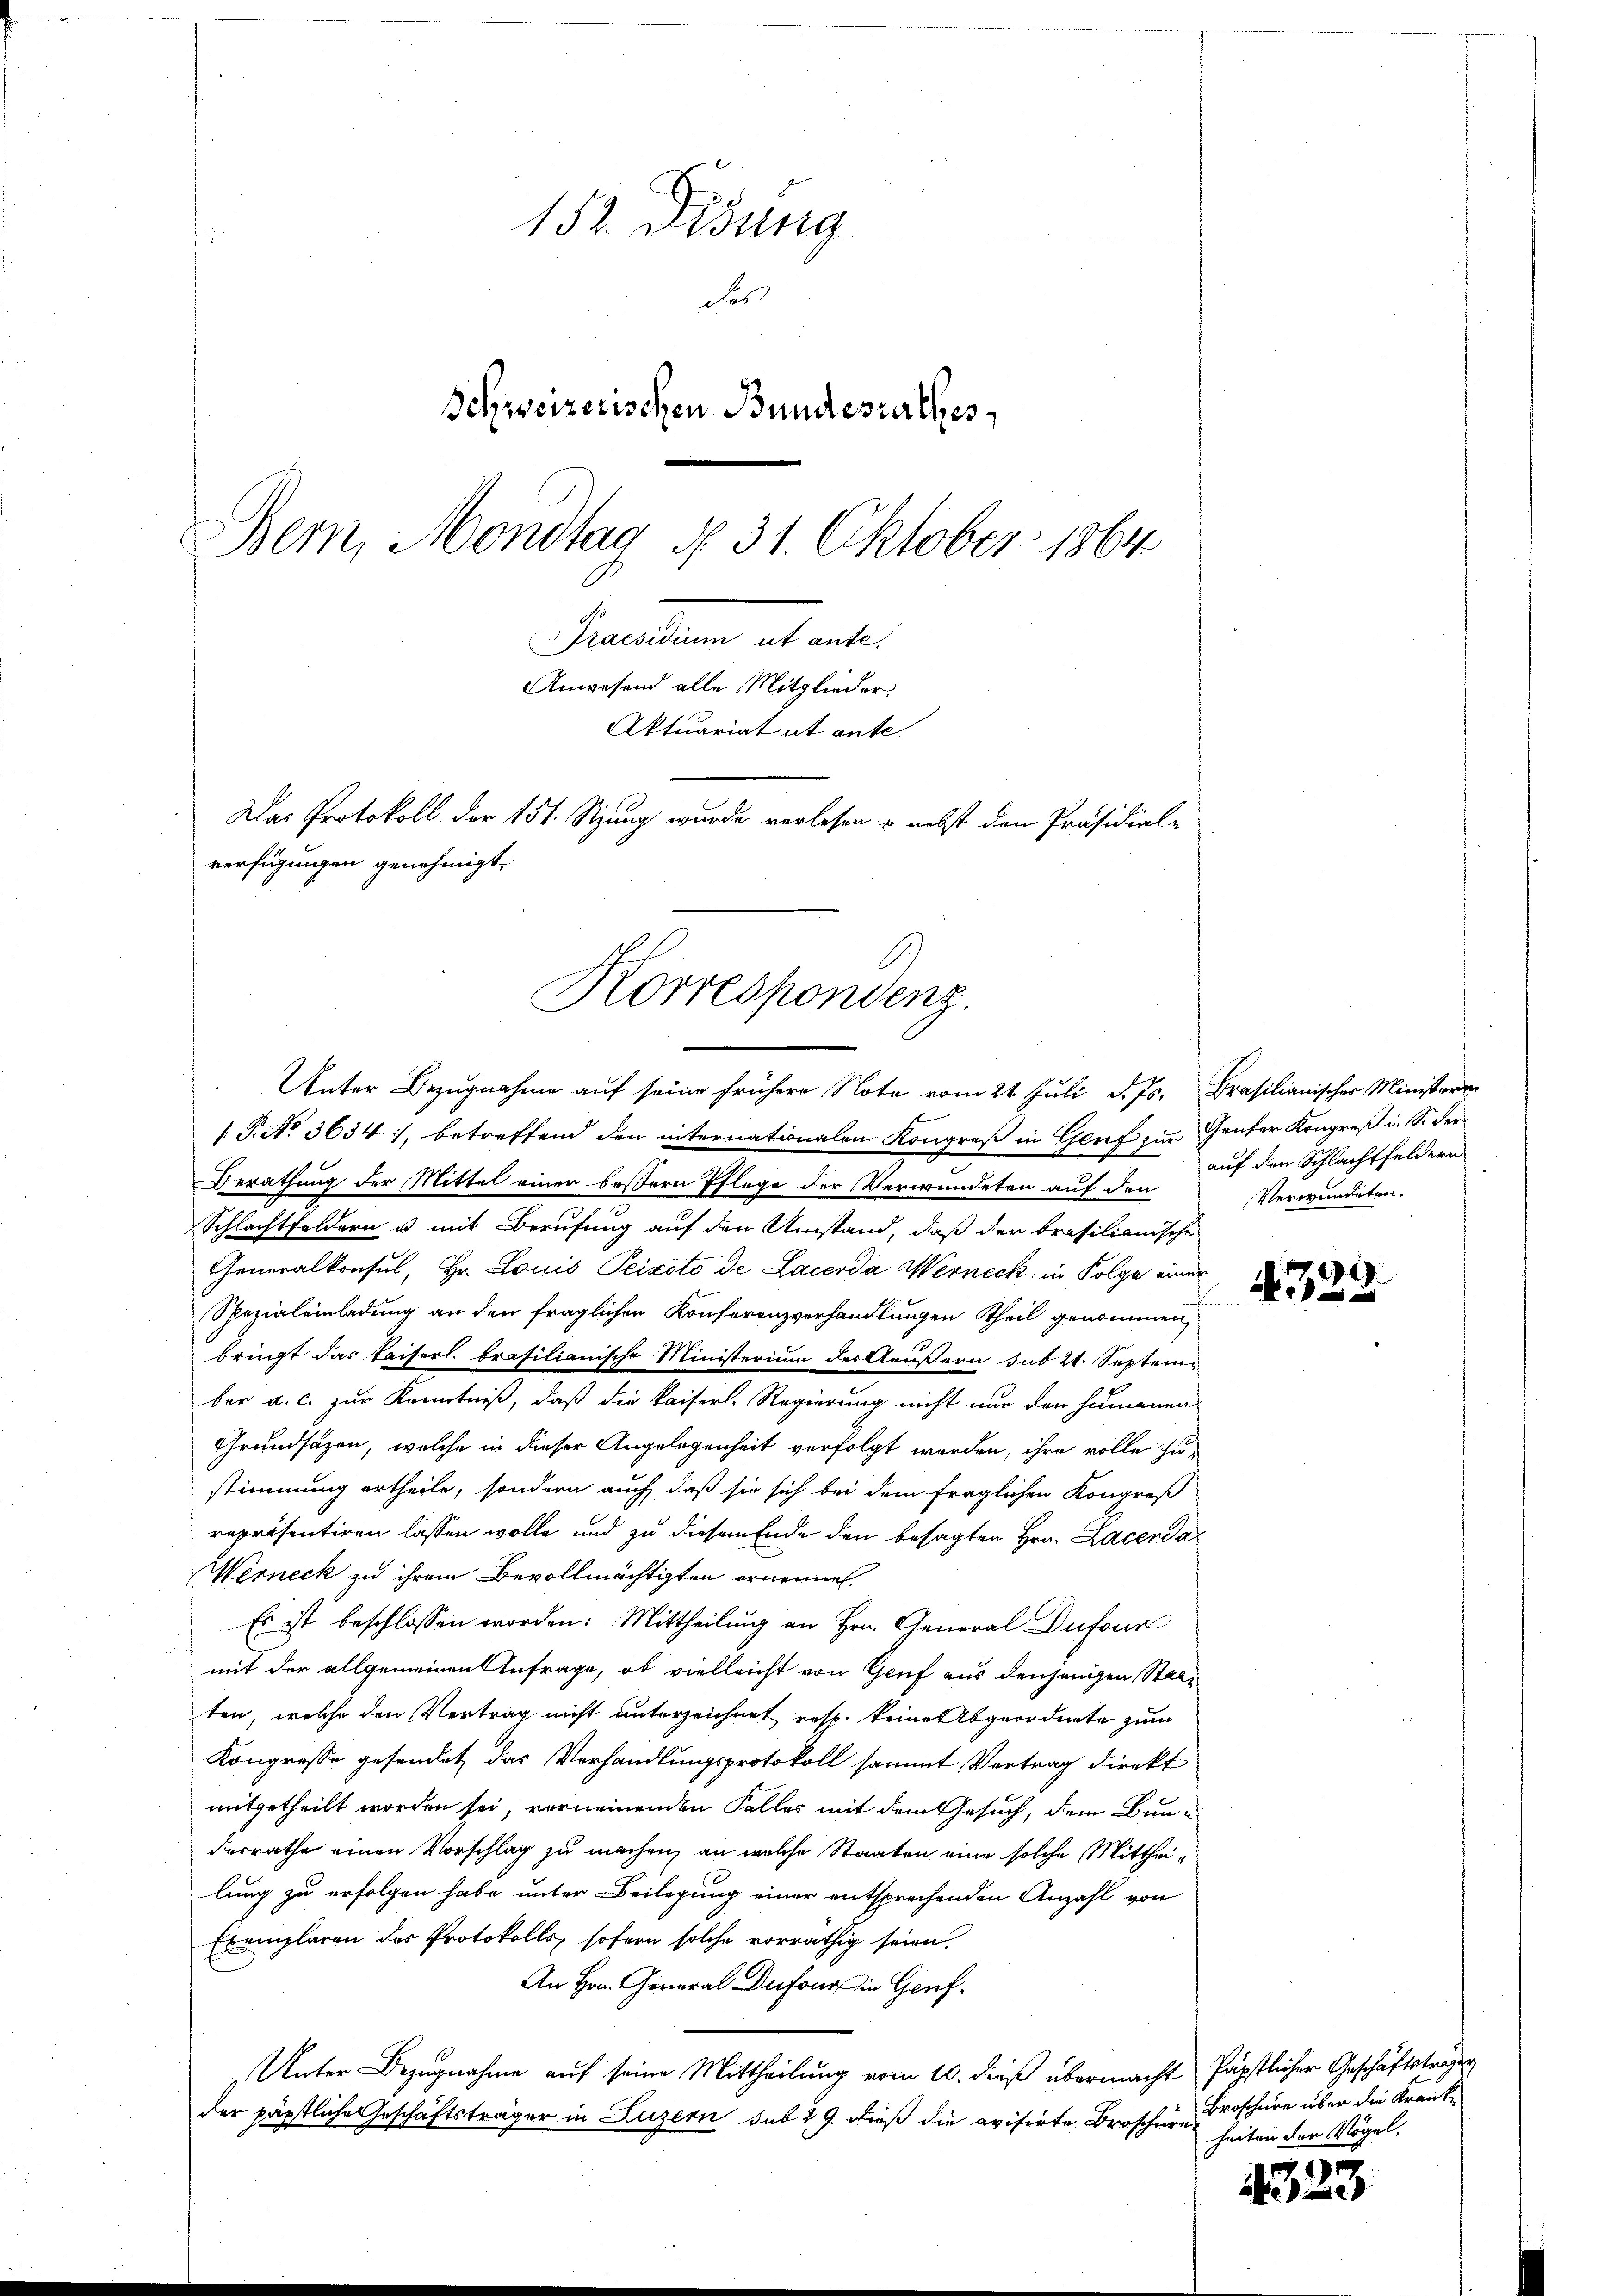
152. Disung
des
Schweizerischen Bundesrathes
Bern, Mondtag § 31. Oktober 1864
Praesidium ut ante.
Anwesend alle Mitglieder.
Aktuariat it ante.
Das Protokoll der 151. Sizung wurde verlesen & nebst den Präsidial-
verfügungen genehmigt.

Korrespondenz.
Unter Bezugnahme auf seine frühere Note vom 24. Juli d. Js. Brasilianischer Ministeren

[ P. No 3634, betreffend den internationalen Kongroß in Genf zur Genfer Kongreß i. S. der¬
Berathung der Mittel einer bessern Pflege der Verwundeten auf den
Schlachtfeldern u mit Berufung auf den Umstand, daß der brasilianische
Generalkonsul, Hr. Louis Peizoto de Lacerda Werneck, in Folge einer
Spezialeinladung an den fraglichen Konferenzverhandlungen Theil genommen,
bringt das Kaiserl. brasilianische Ministerium der Aeußern sub 21. September a. c. zur Kenntniß, daß die kaiserl. Regierung nicht nur den Humanen
Grundsätzen, welche in dieser Angelegenheit verfolgt worden, ihre volle zustimmung ertheile, sondern auch daß sie sich bei dem fraglichen Kongreß
repräsentiren lassen wolle und zu diesem Ende den besagten Hrn. Lacenda
Werneck zu ihrem Bevollmächtigten ernennen.
Es ist beschlossen worden: Mittheilung an Hrn. General Dufour
mit der allgemeinen Anfrage, ob vielleicht von Genf aus denjenigen Stati
ten, welche den Vertrag nicht unterzeichnet resp. keine Abgeordnete zum
Kongresse gesendet das Verhandlungsprotokoll sammt Vertrag direkt
mitgetheilt worden sei, verneinenden Falles mit dem Gesuch, dem Bundesrathe einen Vorschlag zu machen, an welche Staaten eine solche Mittheilung zu erfolgen habe unter Beilegung einer entsprechenden Anzahl von
Exemplaren des Protokolls, sofern solche vorräthig seien.
An Hrn. General Dufour in Genf.
Unter Bezugnahme auf seine Mittheilung vom 10. dieß übermacht päpstlicher Geschäftstrages
der päpstliche Geschäftsträger in Luzern sub 29. dieß die evisirte Broscheres seiten der Vögel,

auf den Schlachtfeldern
Verwundeten.

.
Ni

Broschüre über die Kranke

4323